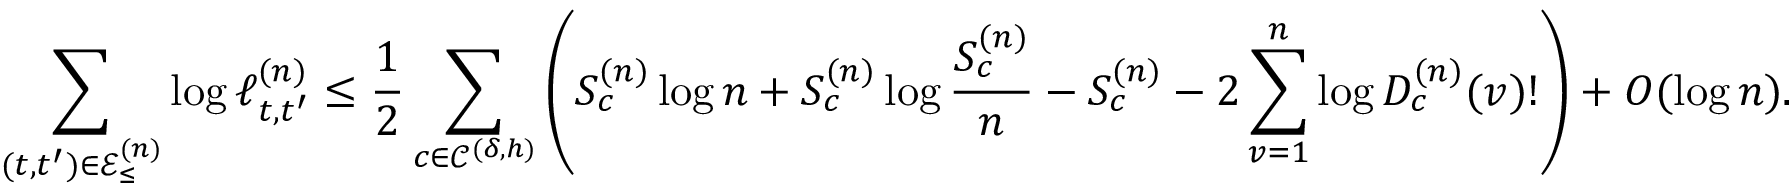
\sum _ { ( t , t ^ { \prime } ) \in \mathcal { E } _ { \leq } ^ { ( n ) } } \log \ell _ { t , t ^ { \prime } } ^ { ( n ) } \leq \frac { 1 } { 2 } \sum _ { c \in \mathcal { C } ^ { ( \delta , h ) } } \left( S _ { c } ^ { ( n ) } \log n + S _ { c } ^ { ( n ) } \log \frac { S _ { c } ^ { ( n ) } } { n } - S _ { c } ^ { ( n ) } - 2 \sum _ { v = 1 } ^ { n } \log D _ { c } ^ { ( n ) } ( v ) ! \right) + O ( \log n ) .